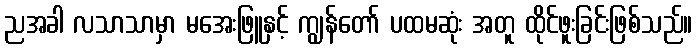
ညအခါ လသာသာမှာ မအေးဖြူနှင့် ကျွန်တော် ပထမဆုံး အတူ ထိုင်ဖူးခြင်းဖြစ်သည်။